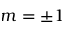
m = \pm 1